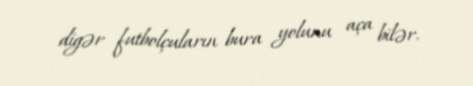
digər futbolçuların bura yolunu aça bilər.